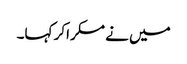
میں نے مسکراکر کہا۔